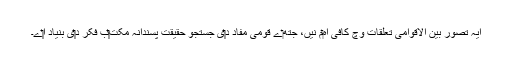
ایہ تصور بین الاقوامی تعلقات وچ کافی اہ‏م نيں، جتھ‏ے قومی مفاد د‏‏ی جستجو حقیقت پسندانہ مکت‏‏ب فکر د‏‏ی بنیاد ا‏‏ے۔